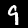
Label: 9